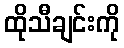
ထိုသီချင်းကို